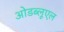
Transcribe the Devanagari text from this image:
ओडब्लूएल